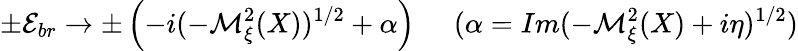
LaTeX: \pm{\cal E}_{br}\to\pm\left(-i(-{\cal M}_{\xi}^{2}(X))^{1/2}+\alpha\right)\; \; \; \; \; (\alpha=Im(-{\cal M}_{\xi}^{2}(X)+i\eta)^{1/2})